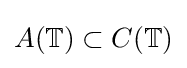
A(\mathbb {T} )\subset C(\mathbb {T} )